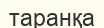
таранқа